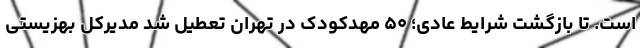
است. تا بازگشت شرایط عادی؛ ۵۰ مهدکودک در تهران تعطیل شد مدیرکل بهزیستی